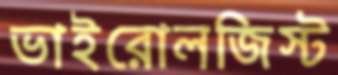
ভাইরোলজিস্ট